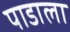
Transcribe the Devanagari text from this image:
पाडाला